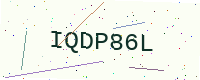
Text: IQDP86L